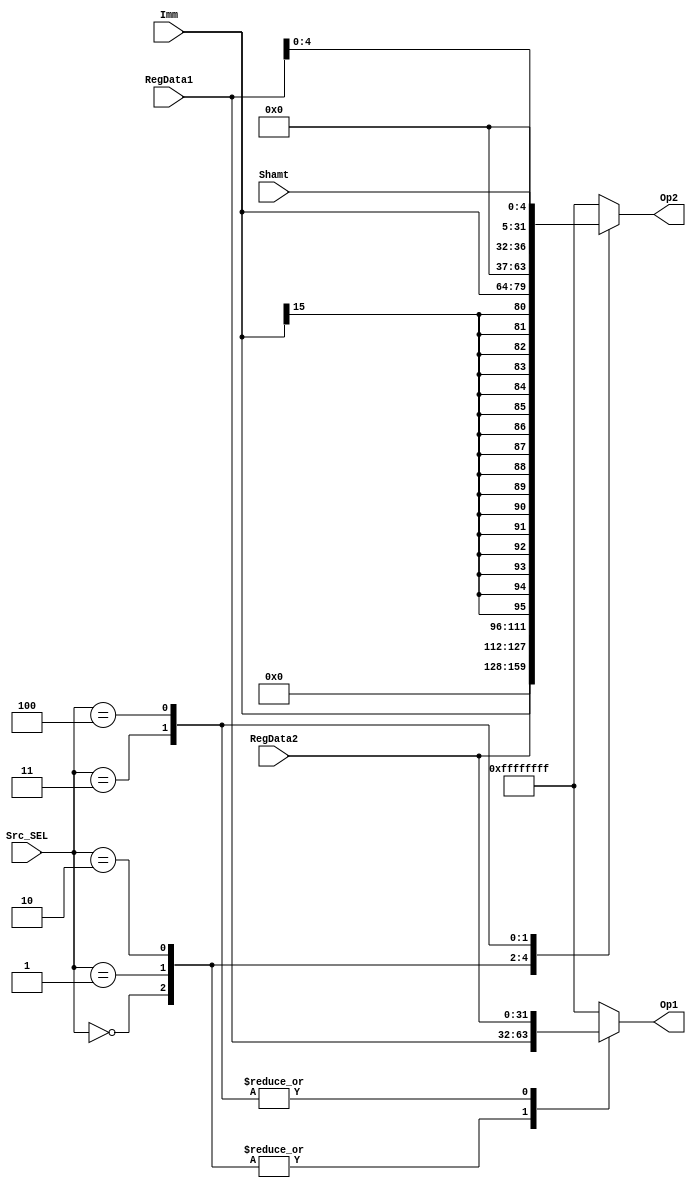
module ALU_SRC(Src_SEL,
               RegData1,
               RegData2,
               Shamt,
               Imm,
               Op1,
               Op2);
    input [31:0] RegData2, RegData1;
    input [4:0] Shamt, Src_SEL;
    input [15:0] Imm;
    output reg [31:0] Op1, Op2;
    
    always @(RegData1, RegData2, Shamt, Imm, Src_SEL) begin
        case(Src_SEL)
            0: begin                                        //for other R-type instruction
                Op1 <= RegData1;
                Op2 <= RegData2;
            end
            1: begin                                        //for andi, xori, ori
                Op1 <= RegData1;
                Op2 <= {{16{1'b0}}, Imm};                   //zero-extend Immediate to 32-bit
            end
            2: begin                                        //for other types of I-type instruction
                Op1 <= RegData1;
                Op2 <= {{16{Imm[15]}}, Imm};                //sign-extend Immediate to 32-bit
            end
            3: begin                                        //for sllv, srlv, srav
                Op1 <= RegData2;
                Op2 <= {{27{1'b0}}, RegData1[4:0]};         //lower 5 bits of register A
            end
            4: begin                                        //for sll, srl, sra
                Op1 <= RegData2;
                Op2 <= {{27{1'b0}}, Shamt};                 //zero-extended shift amount to 32-bit
            end
            default: begin
                Op1 <= {32{1'b1}};
                Op2 <= {32{1'b1}};
            end
        endcase
    end
endmodule